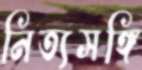
নিত্যসঙ্গি